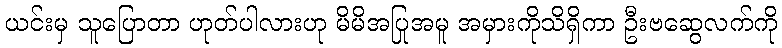
ယင်းမှ သူပြောတာ ဟုတ်ပါလားဟု မိမိအပြုအမူ အမှားကိုသိရှိကာ ဦးဗဆွေလက်ကို